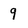
Character: 9